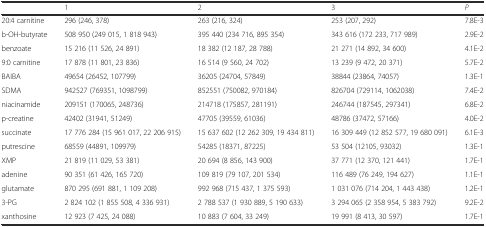
<table><thead><tr><td></td><td><b>1</b></td><td><b>2</b></td><td><b>3</b></td><td><b><i>P</i></b></td></tr></thead><tbody><tr><td>20:4 carnitine</td><td>296 (246, 378)</td><td>263 (216, 324)</td><td>253 (207, 292)</td><td>7.8E-3</td></tr><tr><td>b-OH-butyrate</td><td>508 950 (249 015, 1 818 943)</td><td>395 440 (234 716, 895 354)</td><td>343 616 (172 233, 717 989)</td><td>2.9E-2</td></tr><tr><td>benzoate</td><td>15 216 (11 526, 24 891)</td><td>18 382 (12 187, 28 788)</td><td>21 271 (14 892, 34 600)</td><td>4.1E-2</td></tr><tr><td>9:0 carnitine</td><td>17 878 (11 801, 23 836)</td><td>16 514 (9 560, 24 702)</td><td>13 239 (9 472, 20 371)</td><td>5.7E-2</td></tr><tr><td>BAIBA</td><td>49654 (26452, 107799)</td><td>36205 (24704, 57849)</td><td>38844 (23864, 74057)</td><td>1.3E-1</td></tr><tr><td>SDMA</td><td>942527 (769351, 1098799)</td><td>852551 (750082, 970184)</td><td>826704 (729114, 1062038)</td><td>7.4E-2</td></tr><tr><td>niacinamide</td><td>209151 (170065, 248736)</td><td>214718 (175857, 281191)</td><td>246744 (187545, 297341)</td><td>6.8E-2</td></tr><tr><td>p-creatine</td><td>42402 (31941, 51249)</td><td>47705 (39559, 61036)</td><td>48786 (37472, 57166)</td><td>4.0E-2</td></tr><tr><td>succinate</td><td>17 776 284 (15 961 017, 22 206 915)</td><td>15 637 602 (12 262 309, 19 434 811)</td><td>16 309 449 (12 852 577, 19 680 091)</td><td>6.1E-3</td></tr><tr><td>putrescine</td><td>68559 (44891, 109979)</td><td>54285 (18371, 87225)</td><td>53 504 (12105, 93032)</td><td>1.3E-1</td></tr><tr><td>XMP</td><td>21 819 (11 029, 53 381)</td><td>20 694 (8 856, 143 900)</td><td>37 771 (12 370, 121 441)</td><td>1.7E-1</td></tr><tr><td>adenine</td><td>90 351 (61 426, 165 720)</td><td>109 819 (79 107, 201 534)</td><td>116 489 (76 249, 194 627)</td><td>1.1E-1</td></tr><tr><td>glutamate</td><td>870 295 (691 881, 1 109 208)</td><td>992 968 (715 437, 1 375 593)</td><td>1 031 076 (714 204, 1 443 438)</td><td>1.2E-1</td></tr><tr><td>3-PG</td><td>2 824 102 (1 855 508, 4 336 931)</td><td>2 788 537 (1 930 889, 5 190 633)</td><td>3 294 065 (2 358 954, 5 383 792)</td><td>9.2E-2</td></tr><tr><td>xanthosine</td><td>12 923 (7 425, 24 088)</td><td>10 883 (7 604, 33 249)</td><td>19 991 (8 413, 30 597)</td><td>1.7E-1</td></tr></tbody></table>